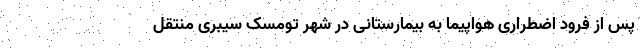
پس از فرود اضطراری هواپیما به بیمارستانی در شهر تومسک سیبری منتقل